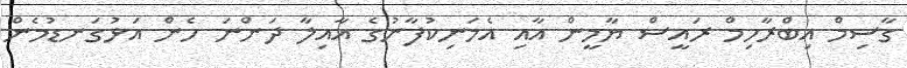
ގާސިމް އިބްރާހިމް ރައީސް ޔާމީން އާއި އެމަނިކުފާނުގެ އާއިލާ ދަންނަ ހެން އަޅުގަނޑުމެން